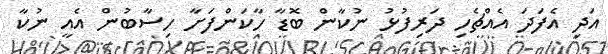
އަދި އެފަދަ އެއްޗެހި ދަރިފުޅު ނުކާން ބޮޑާ ހާކަންފަށާ ހިސާބުން އެއީ ނުކާ